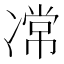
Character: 𭂝